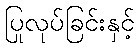
ပြုလုပ်ခြင်းနှင့်